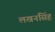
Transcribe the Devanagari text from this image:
लखनसिंह